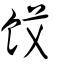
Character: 餀